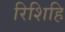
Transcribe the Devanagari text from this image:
रिशिहि